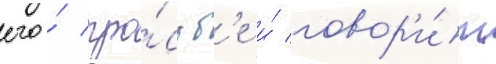
его́ про́сьб'е и́ говор'и́т